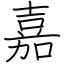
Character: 嘉